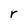
Character: r